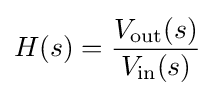
H(s)={V_{\rm {out}}(s) \over V_{\rm {in}}(s)}